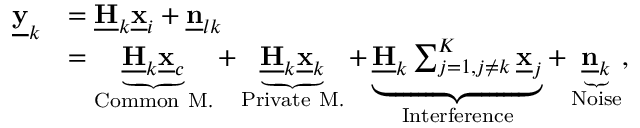
\begin{array} { r l } { \underline { { \mathbf { y } } } _ { k } } & { = \underline { { \mathbf { H } } } _ { k } \underline { { \mathbf { x } } } _ { i } + \underline { { \mathbf { n } } } _ { l k } } \\ & { = \underbrace { \underline { { \mathbf { H } } } _ { k } \underline { { \mathbf { x } } } _ { c } } _ { \mathrm { C o m m o n ~ M . } } + \underbrace { \underline { { \mathbf { H } } } _ { k } \underline { { \mathbf { x } } } _ { k } } _ { \mathrm { P r i v a t e ~ M . } } + \underbrace { \underline { { \mathbf { H } } } _ { k } \sum _ { j = 1 , j \neq k } ^ { K } \underline { { \mathbf { x } } } _ { j } } _ { \mathrm { I n t e r f e r e n c e } } + \underbrace { \underline { { \mathbf { n } } } _ { k } } _ { \mathrm { N o i s e } } , } \end{array}